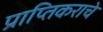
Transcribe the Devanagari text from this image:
प्राप्‍तिकराचे